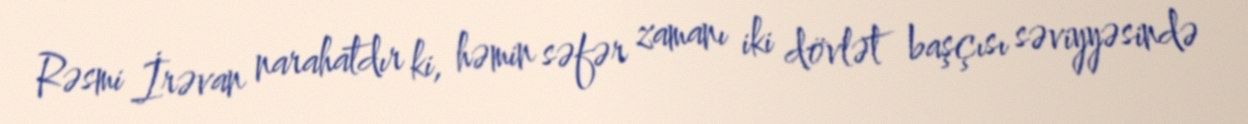
Rəsmi İrəvan narahatdır ki, həmin səfər zamanı iki dövlət başçısı səviyyəsində